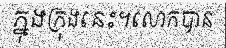
ក្នុងក្រុងនេះ។លោកបាន